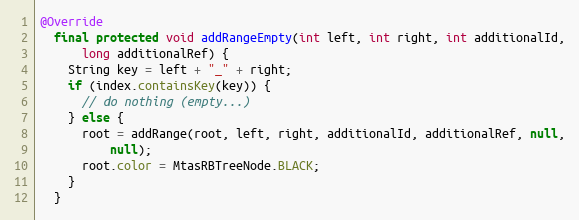
Language: Java
@Override
  final protected void addRangeEmpty(int left, int right, int additionalId,
      long additionalRef) {
    String key = left + "_" + right;
    if (index.containsKey(key)) {
      // do nothing (empty...)
    } else {
      root = addRange(root, left, right, additionalId, additionalRef, null,
          null);
      root.color = MtasRBTreeNode.BLACK;
    }
  }